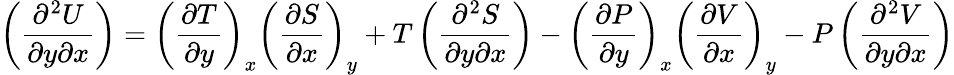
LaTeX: \left({\frac{\partial^{2}U}{\partial y\partial x}}\right)=\left({\frac{\partial T}{\partial y}}\right)_{x}\left({\frac{\partial S}{\partial x}}\right)_{y}+T\left({\frac{\partial^{2}S}{\partial y\partial x}}\right)-\left({\frac{\partial P}{\partial y}}\right)_{x}\left({\frac{\partial V}{\partial x}}\right)_{y}-P\left({\frac{\partial^{2}V}{\partial y\partial x}}\right)